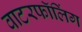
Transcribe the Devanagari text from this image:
वाटरफॉलिंग